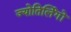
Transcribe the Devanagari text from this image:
ज्‍योतिर्लिंगों